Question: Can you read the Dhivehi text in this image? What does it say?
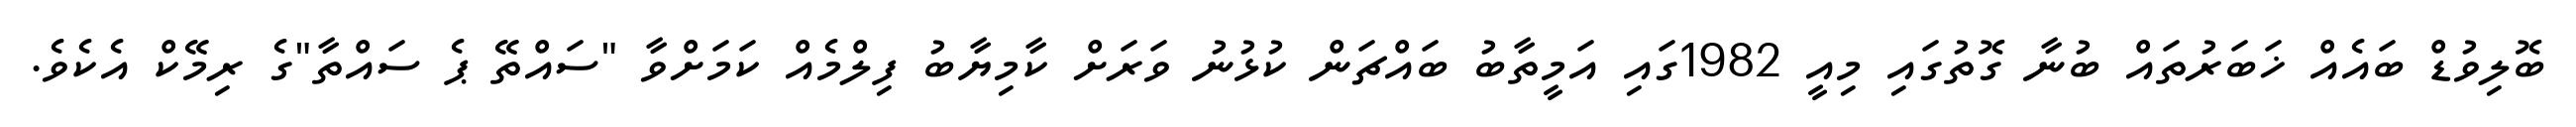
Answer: ބޮލިވުޑް ބައެއް ޚަބަރުތައް ބުނާ ގޮތުގައި މިއީ 1982ގައި އަމީތާބު ބައްޗަން ކުޅުނު ވަރަށް ކާމިޔާބު ފިލްމެއް ކަމަށްވާ "ސައްތޭ ޕެ ސައްތާ"ގެ ރިމޭކް އެކެވެ.